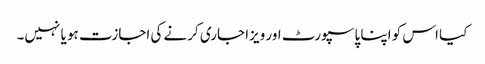
کیا اس کو اپنا پاسپورٹ اور ویزا جاری کرنے کی اجازت ہو یا نہیں۔